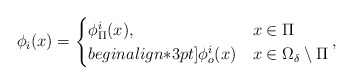
\begin{align*}\phi_i(x)=\begin{cases}\phi_\Pi^i(x), & x\in \Pi\\begin{align*}3pt]\phi_o^i(x) & x\in \Omega_\delta\setminus \Pi\end{cases},\end{align*}